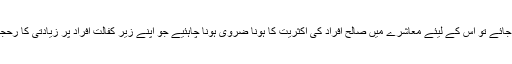
اگر دوسری شادی کا بغیر پہلی بیوی کی تحریری اجازت کے مان بھی لیا جائے تو اس کے لیئے معاشرے میں صالح افراد کی اکثریت کا ہونا ضروی ہونا چاہئیے جو اپنے زیر کفالت افراد پر زیادتی کا رحجان نہ رکھتے ہوں بلکہ عدل کی ڈور تھامنا زیادہ مناسب خیال کرتے ہوں ۔